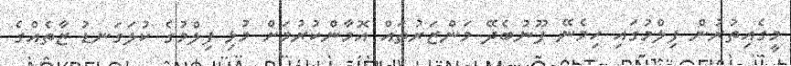
މީގެއިތުރުން ފިލްމުގައި ހިމެނޭ ފޫނުބެދޭ މަންޒަރުތައް އޮމާންކުރުމަށް މުޅި ފިލްމުގެ ކުލަގަނޑު ޒާތެއްގެ